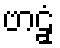
ဗာဠှံ